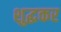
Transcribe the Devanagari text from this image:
शुद्धकर